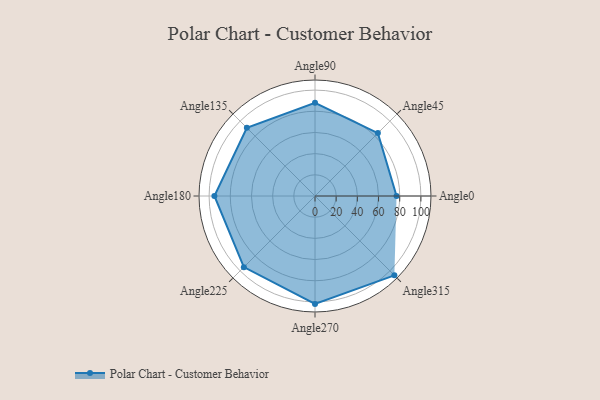
{"axis": {"x": "Angle", "y": "Radius"}, "legend": [""], "data": [{"x": "Angle0", "y": 77.0, "type": ""}, {"x": "Angle45", "y": 84.0, "type": ""}, {"x": "Angle90", "y": 88.0, "type": ""}, {"x": "Angle135", "y": 91.0, "type": ""}, {"x": "Angle180", "y": 95.0, "type": ""}, {"x": "Angle225", "y": 95.0, "type": ""}, {"x": "Angle270", "y": 102.0, "type": ""}, {"x": "Angle315", "y": 106.0, "type": ""}]}